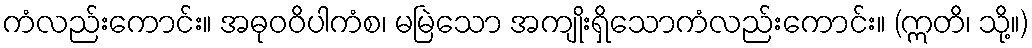
ကံလည်းကောင်း။ အဓုဝဝိပါကံစ၊ မမြဲသော အကျိုးရှိသောကံလည်းကောင်း။ (ဣတိ၊ သို့။)